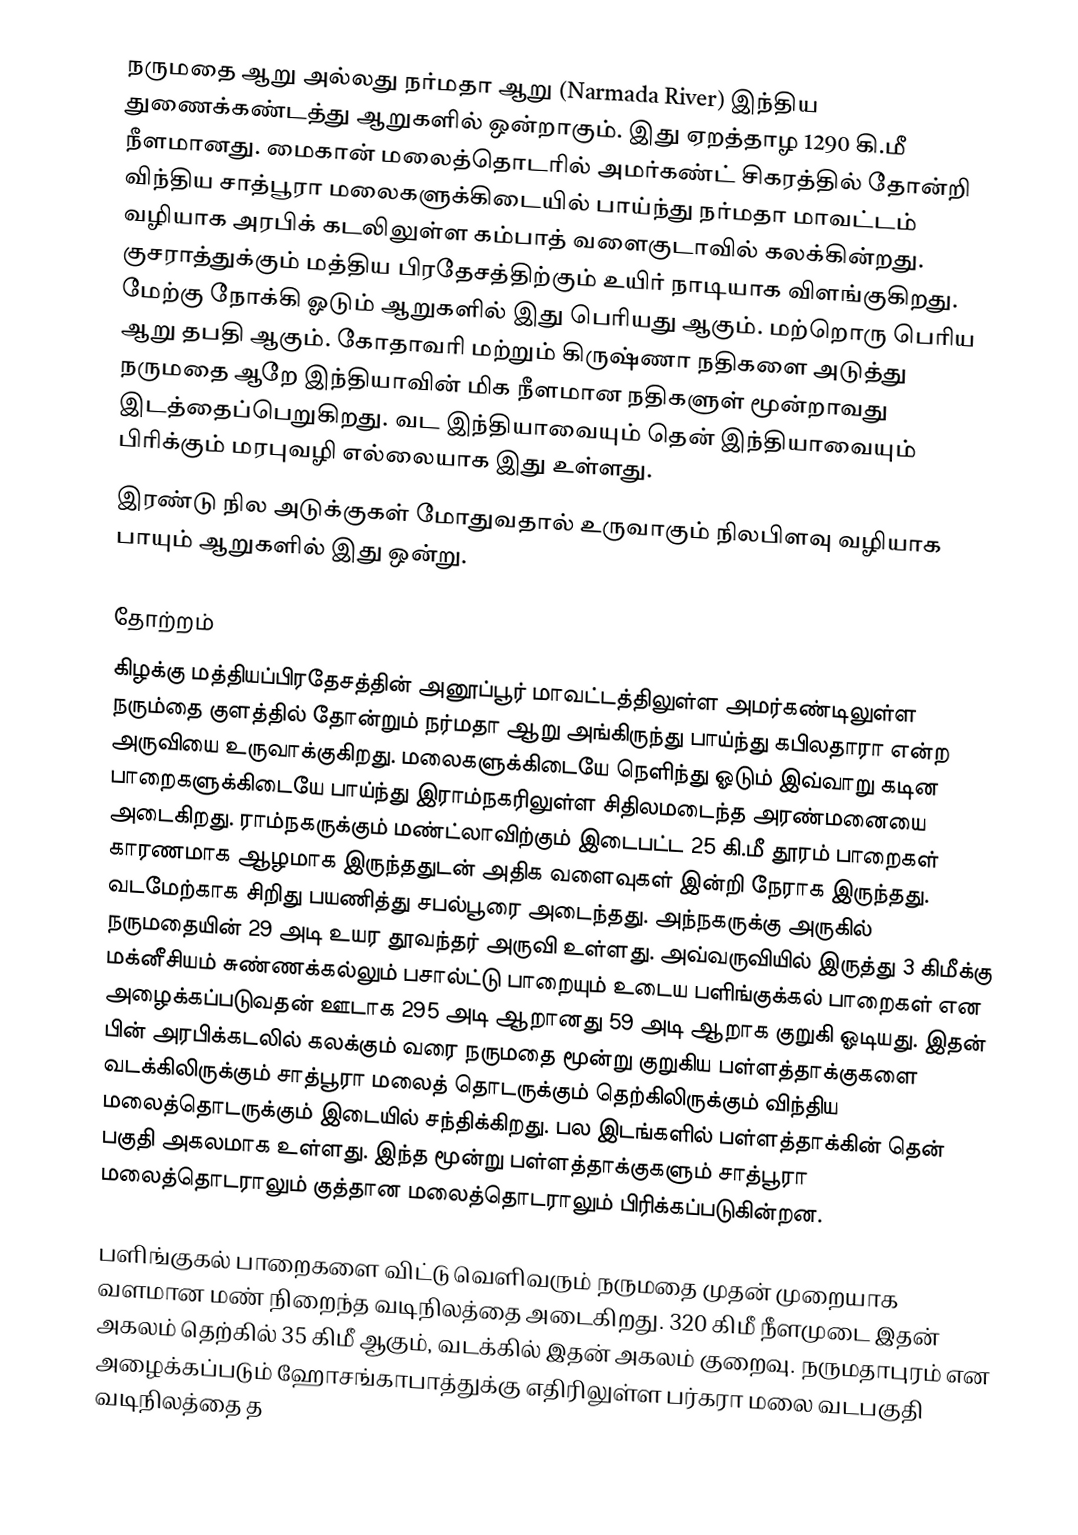
நருமதை ஆறு அல்லது நர்மதா ஆறு (Narmada River) இந்திய துணைக்கண்டத்து ஆறுகளில் ஒன்றாகும். இது ஏறத்தாழ 1290 கி.மீ நீளமானது. மைகான் மலைத்தொடரில் அமர்கண்ட் சிகரத்தில் தோன்றி விந்திய சாத்பூரா மலைகளுக்கிடையில் பாய்ந்து நர்மதா மாவட்டம் வழியாக அரபிக் கடலிலுள்ள கம்பாத் வளைகுடாவில் கலக்கின்றது. குசராத்துக்கும் மத்திய பிரதேசத்திற்கும் உயிர் நாடியாக விளங்குகிறது. மேற்கு நோக்கி ஓடும் ஆறுகளில் இது பெரியது ஆகும். மற்றொரு பெரிய ஆறு தபதி ஆகும். கோதாவரி மற்றும் கிருஷ்ணா நதிகளை அடுத்து நருமதை ஆறே இந்தியாவின் மிக நீளமான நதிகளுள் மூன்றாவது இடத்தைப்பெறுகிறது. வட இந்தியாவையும் தென் இந்தியாவையும் பிரிக்கும் மரபுவழி எல்லையாக இது உள்ளது.
இரண்டு நில அடுக்குகள் மோதுவதால் உருவாகும் நிலபிளவு வழியாக பாயும் ஆறுகளில் இது ஒன்று.

தோற்றம்
கிழக்கு மத்தியப்பிரதேசத்தின் அனூப்பூர் மாவட்டத்திலுள்ள அமர்கண்டிலுள்ள நரும்தை குளத்தில் தோன்றும் நர்மதா ஆறு அங்கிருந்து பாய்ந்து கபிலதாரா என்ற அருவியை உருவாக்குகிறது. மலைகளுக்கிடையே நெளிந்து ஓடும் இவ்வாறு கடின பாறைகளுக்கிடையே பாய்ந்து இராம்நகரிலுள்ள சிதிலமடைந்த அரண்மனையை அடைகிறது. ராம்நகருக்கும் மண்ட்லாவிற்கும் இடைபட்ட 25 கி.மீ தூரம் பாறைகள் காரணமாக ஆழமாக இருந்ததுடன் அதிக வளைவுகள் இன்றி நேராக இருந்தது. வடமேற்காக சிறிது பயணித்து சபல்பூரை அடைந்தது. அந்நகருக்கு அருகில் நருமதையின் 29 அடி உயர தூவந்தர் அருவி  உள்ளது. அவ்வருவியில் இருத்து  3 கிமீக்கு மக்னீசியம் சுண்ணக்கல்லும் பசால்ட்டு பாறையும் உடைய பளிங்குக்கல் பாறைகள் என அழைக்கப்படுவதன் ஊடாக 295 அடி ஆறானது 59 அடி ஆறாக குறுகி  ஓடியது. இதன் பின் அரபிக்கடலில் கலக்கும் வரை நருமதை மூன்று குறுகிய பள்ளத்தாக்குகளை வடக்கிலிருக்கும் சாத்பூரா மலைத் தொடருக்கும் தெற்கிலிருக்கும் விந்திய மலைத்தொடருக்கும் இடையில் சந்திக்கிறது. பல இடங்களில் பள்ளத்தாக்கின் தென் பகுதி அகலமாக உள்ளது. இந்த மூன்று பள்ளத்தாக்குகளும் சாத்பூரா மலைத்தொடராலும் குத்தான மலைத்தொடராலும் பிரிக்கப்படுகின்றன.

பளிங்குகல் பாறைகளை விட்டு வெளிவரும் நருமதை முதன் முறையாக வளமான மண் நிறைந்த வடிநிலத்தை அடைகிறது. 320 கிமீ நீளமுடை இதன் அகலம் தெற்கில் 35 கிமீ ஆகும், வடக்கில் இதன் அகலம் குறைவு. நருமதாபுரம் என அழைக்கப்படும் ஹோசங்காபாத்துக்கு எதிரிலுள்ள பர்கரா மலை வடபகுதி வடிநிலத்தை த